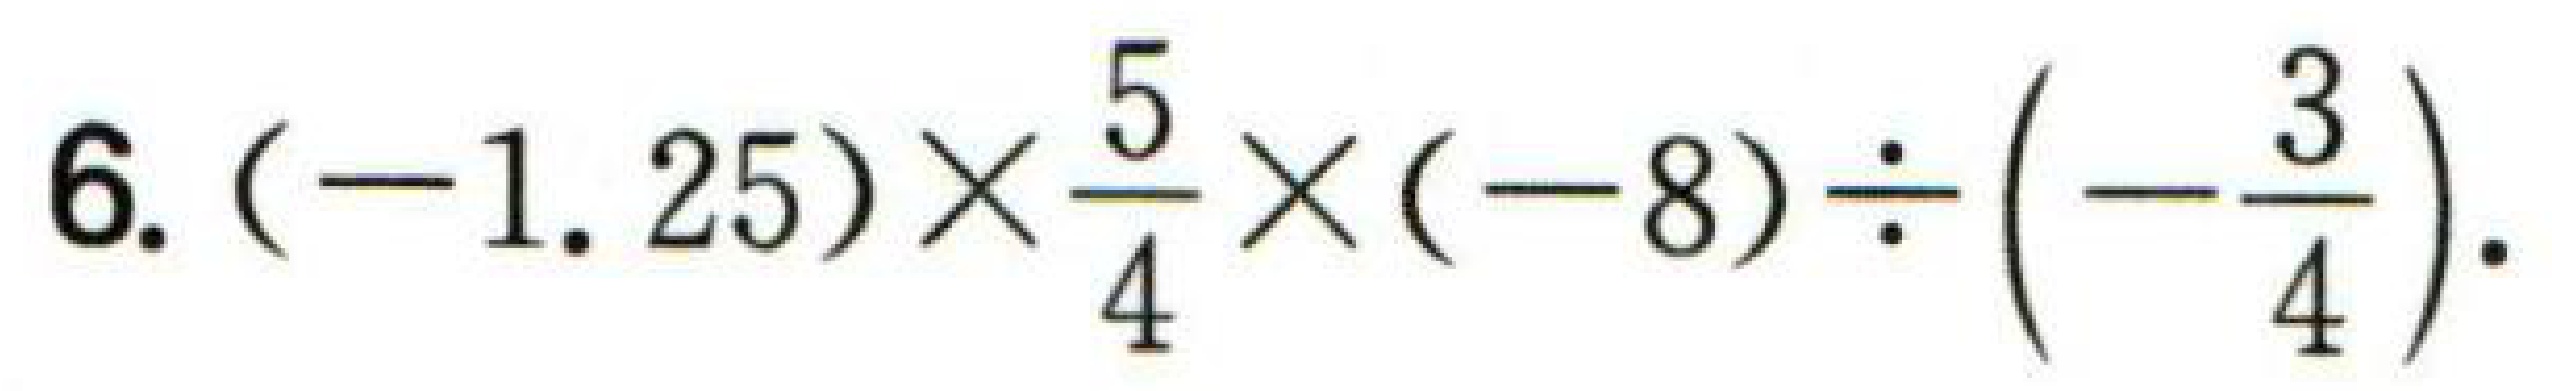
$6.(-1.25)\times\frac{5}{4}\times(-8)\div\left(-\frac{3}{4}\right).$